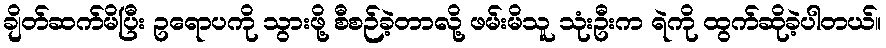
ချိတ်ဆက်မိပြီး ဥရောပကို သွားဖို့ စီစဉ်ခဲ့တာလို့ ဖမ်းမိသူ သုံးဦးက ရဲကို ထွက်ဆိုခဲ့ပါတယ်။